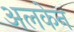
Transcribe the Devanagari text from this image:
अलकेन